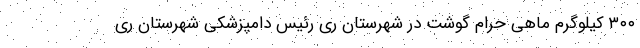
۳۰۰ کیلوگرم ماهی حرام گوشت در شهرستان ری رئیس دامپزشکی شهرستان ری